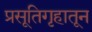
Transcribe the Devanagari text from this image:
प्रसूतिगृहातून